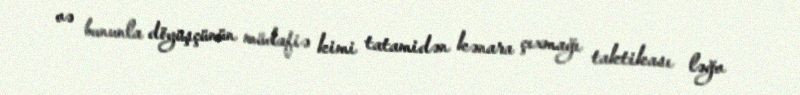
və bununla döyüşçünün müdafiə kimi tatamidən kənara çıxmağı taktikası ləğv